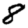
Digit: 8